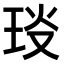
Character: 𤥎